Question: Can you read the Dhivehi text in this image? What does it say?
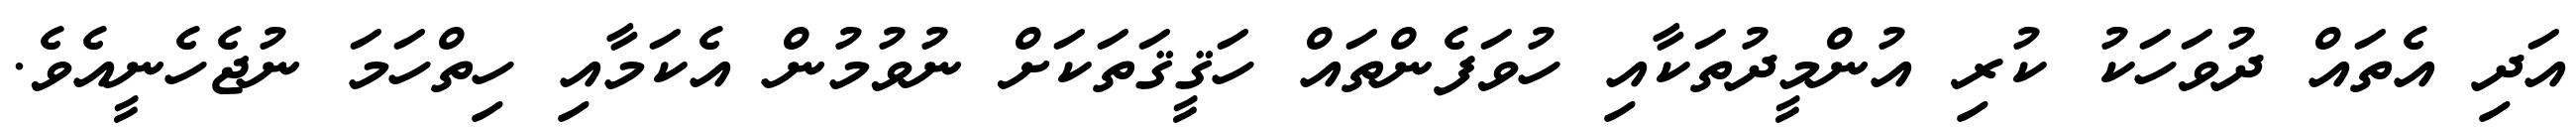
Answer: އަދި އެތައް ދުވަހަކު ކުރި އުންމީދުތަކާއި ހުވަފެންތައް ހަޤީޤަތަކަށް ނުވުމުން އެކަމާއި ހިތްހަމަ ނުޖެހެނީއެވެ.